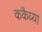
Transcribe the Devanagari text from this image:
ककैय्या